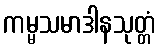
ကမ္မသမာဒါနသုတ္တံ